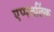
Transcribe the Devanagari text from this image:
एप्पललिंक